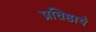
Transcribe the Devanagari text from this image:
प्रतिष्ठायै